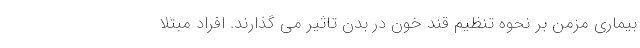
بیماری مزمن بر نحوه تنظیم قند خون در بدن تاثیر می گذارند. افراد مبتلا